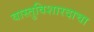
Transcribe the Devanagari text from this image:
वास्तुविशारदाचा